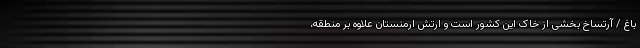
باغ / آرتساخ بخشی از خاک این کشور است و ارتش ارمنستان علاوه بر منطقه،